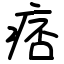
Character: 痞